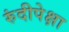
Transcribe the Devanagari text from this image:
रुंदीपेक्षा